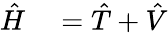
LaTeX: \begin{array}{rl}{{\hat{H}}}&{{}={\hat{T}}+{\hat{V}}}\end{array}